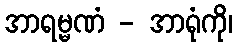
အာရမ္မဏံ - အာရုံကို၊